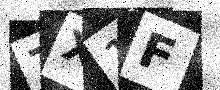
Text: 7X1F